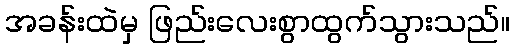
အခန်းထဲမှ ဖြည်းလေးစွာထွက်သွားသည်။